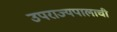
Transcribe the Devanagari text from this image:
उपराज्यपालाची